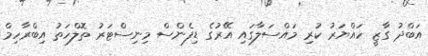
އަބްދު ގާޒީ ހައްޔަރު ކުރި މައްސަލާގައި އޭރުގެ ޑިފެންސް މިނިސްޓަރު ތޮލްހަތު އިބްރާހިމް